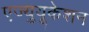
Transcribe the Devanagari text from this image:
एज्युयूकेशन